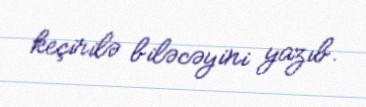
keçirilə biləcəyini yazıb.